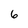
Character: 6